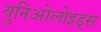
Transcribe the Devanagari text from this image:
युनिओलोइड्स